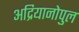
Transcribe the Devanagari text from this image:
अद्रियानोपुल